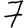
Digit: 7